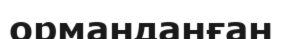
орманданған